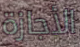
الأجازة